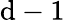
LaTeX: \mathrm{d}-1